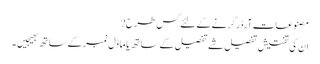
مصنوعات آرڈر کرنے کے لئے کس طرح?
ان کی تفتیش تفصیل شے تفصیل کے ساتھ یا ماڈل نمبر کے ساتھ بھیجیں ۔